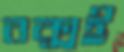
বক্সই